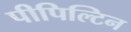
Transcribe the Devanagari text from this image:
पीपिल्टिन